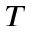
T